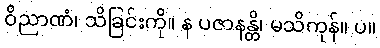
ဝိညာဏံ၊ သိခြင်းကို။ န ပဇာနန္တိ၊ မသိကုန်။ ပ။